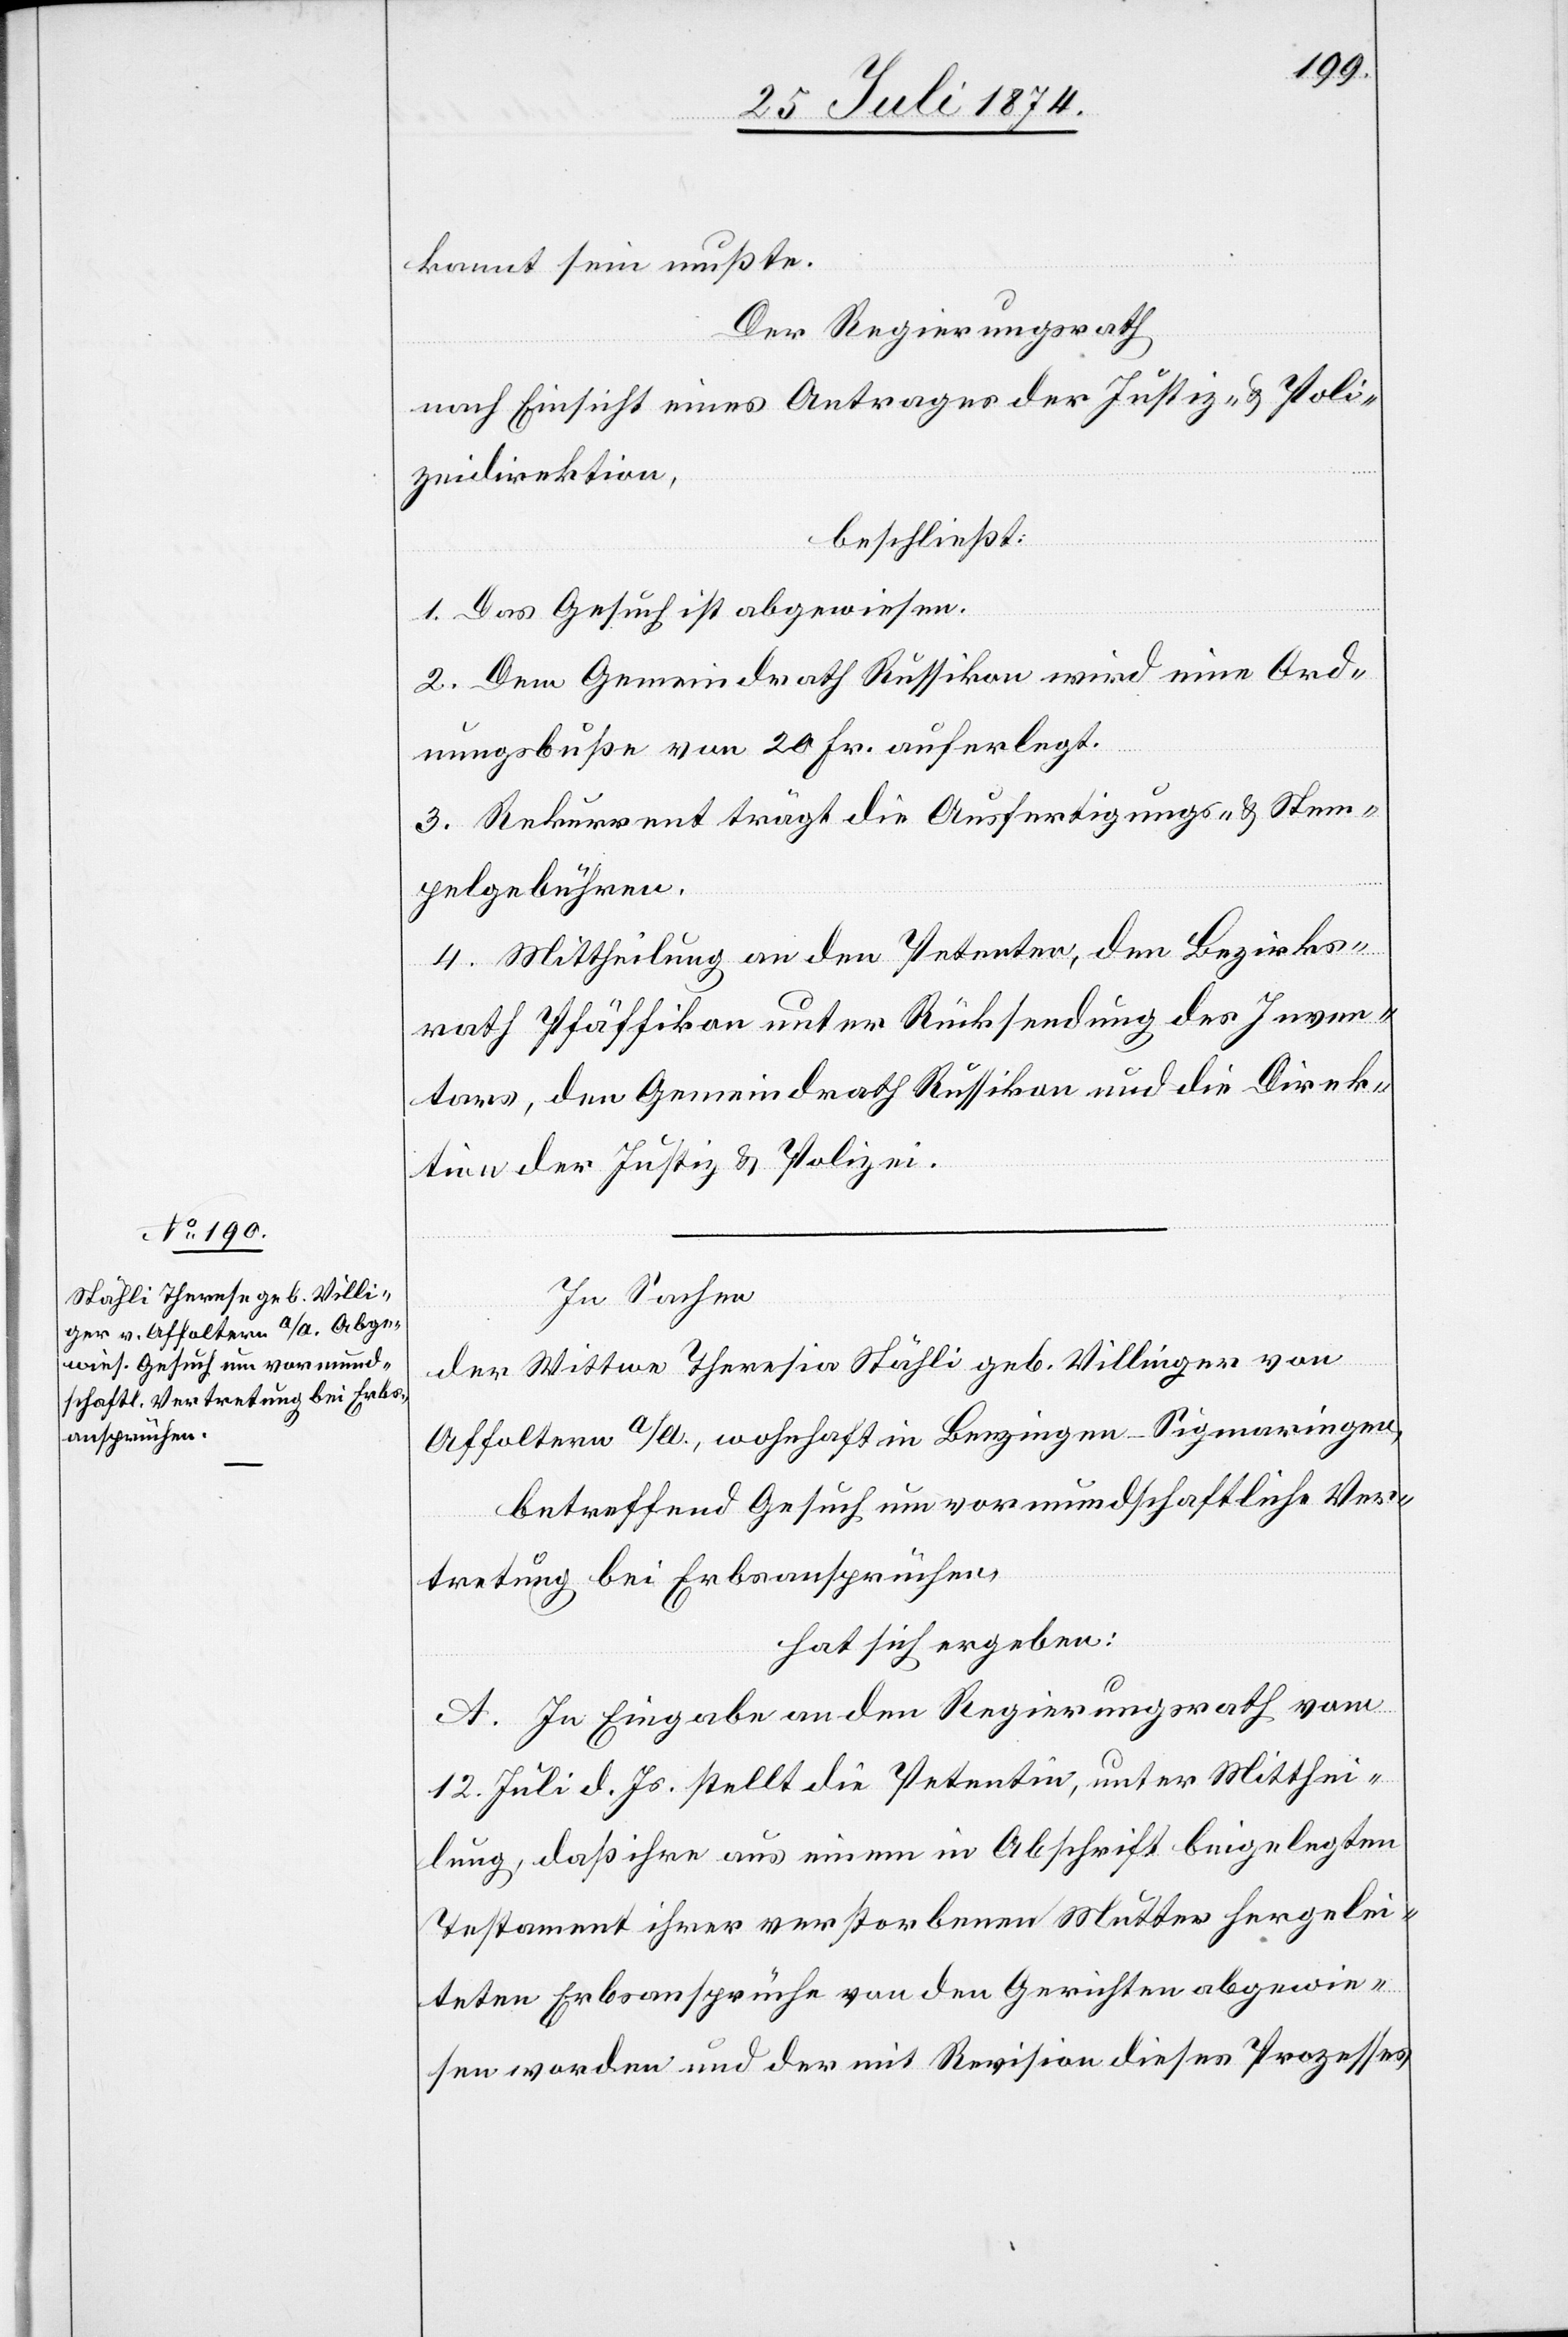
kannt sein mußte.
Der Regierungsrath
nach Einsicht eines Antrages der Justiz- u. Poli¬
zeidirektion,
beschließt:
1. Das Gesuch ist abgewiesen.
2. Dem Gemeindrath Russikon wird eine Ord¬
nungsbuße von 20 Fr. auferlegt.
3. Rekurrent trägt die Ausfertigungs- u. Stem¬
pelgebühren.
4. Mittheilung an den Petenten, den Bezirks¬
rath Pfäffikon unter Rücksendung des Inven¬
tars, den Gemeindrath Russikon und die Direk¬
tion der Justiz u. Polizei.
In Sachen
der Wittwe Theresia [sic!] Stähli geb. Villinger
Affoltern a/A., wohnhaft in Benzingen-Sigmaringen,
betreffend Gesuch um vormundschaftliche Ver¬
tretung bei Erbsansprüchen,
hat sich ergeben:
A. In Eingabe an den Regierungsrath vom
12. Juli d. Js. stellt die Petentin, unter Mitthei¬
lung, daß, ihre aus einem in Abschrift beigelegten
Testament ihrer verstorbenen Mutter hergelei¬
teten Erbsansprüche von den Gerichten abgewie¬
sen worden und der mit Revision dieses Prozesses